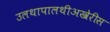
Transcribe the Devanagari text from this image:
उलथापालथीअखेरीस